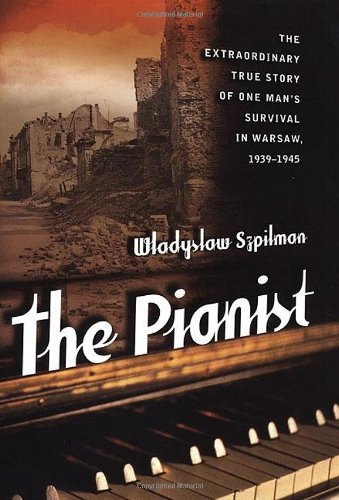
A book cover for The Pianist: The Extraordinary True Story of One Man's Survival in Warsaw; Wladyslaw Szpilman; Biographies & Memoirs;